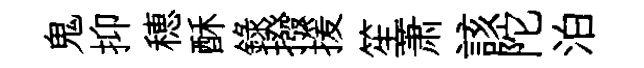
鬼抑穂酥錄撥援笙萧該陀泊